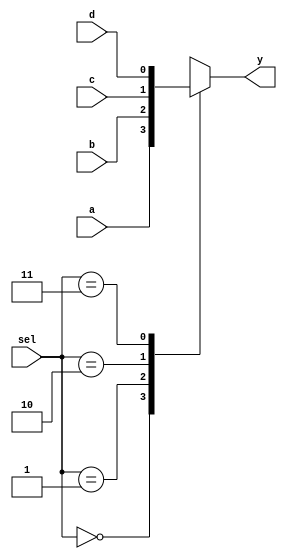
module top (
  input [1:0] sel,
  input a, b, c, d,
  output reg y
);
  always @(*) begin
    case (sel)
      2'b00: y = a;
      2'b01: y = b;
      2'b10: y = c;
      2'b11: y = d;
      default: y = 1'b0;
    endcase
  end
endmodule